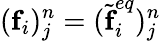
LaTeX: (\textbf{f}_{i})_{j}^{n}=(\widetilde{\textbf{f}}_{i}^{eq})_{j}^{n}